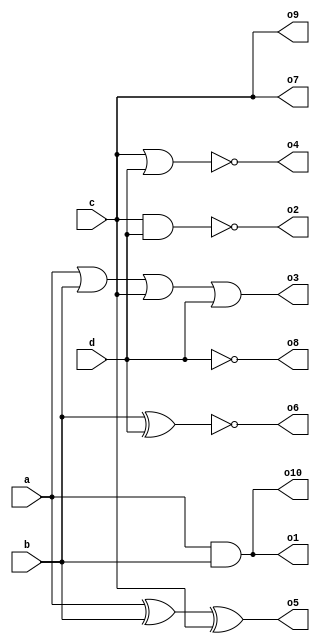

`timescale 1us/1ns   // mandatory because we have delays
module built_in_gates(
    // Declare module inputs
    input a, b, c, d,
    // Declare module outputs
    output o1, o2, o3, o4, o5, o6, o7, o8, o9, o10
    );

    // Gates without delays
    and  and1  (o1, a, b);
    nand nand1 (o2, c, d);
    or   or1   (o3, a, b, c, d);
    nor  nor1  (o4, c, d);
    xor  xor1  (o5, a, b, c);
    xnor xnor1 (o6, b, d);
    buf  buf1  (o7, c);
    not  not1  (o8, d);
    
    // Gates with delays
    buf #0.1 buf_dly  (o9, c);     // the delay requires timescale
    and #0.2 and_dly  (o10, a, b); // compare wave with and1
  
endmodule